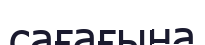
сағағына